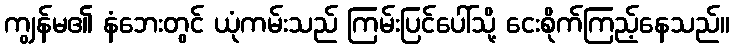
ကျွန်မ၏ နံဘေးတွင် ယုံကမ်းသည် ကြမ်းပြင်ပေါ်သို့ ငေးစိုက်ကြည့်နေသည်။